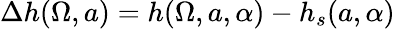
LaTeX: \Delta{h}(\Omega,a)=h(\Omega,a,\alpha)-h_{s}(a,\alpha)